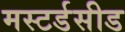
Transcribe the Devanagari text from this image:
मस्टर्डसीड